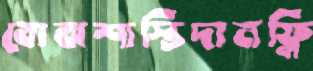
বোঝশাস্তিদানফ্লি